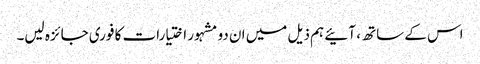
اس کے ساتھ ، آئیے ہم ذیل میں ان دو مشہور اختیارات کا فوری جائزہ لیں۔